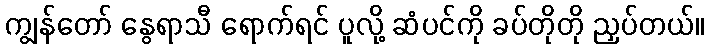
ကျွန်တော် နွေရာသီ ရောက်ရင် ပူလို့ ဆံပင်ကို ခပ်တိုတို ညှပ်တယ်။